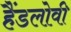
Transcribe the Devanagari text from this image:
हैंडलोवी